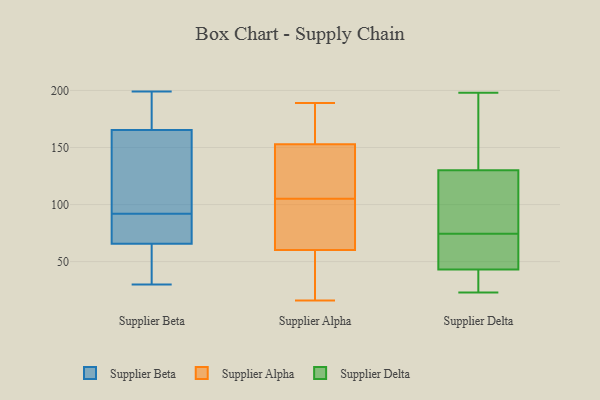
{"axis": {"x": "Website Visitors", "y": "Value"}, "legend": ["Supplier Alpha", "Supplier Beta", "Supplier Delta"], "data": [{"x": "", "y": 85, "type": "Supplier Beta"}, {"x": "", "y": 47, "type": "Supplier Beta"}, {"x": "", "y": 30, "type": "Supplier Beta"}, {"x": "", "y": 159, "type": "Supplier Beta"}, {"x": "", "y": 199, "type": "Supplier Beta"}, {"x": "", "y": 190, "type": "Supplier Beta"}, {"x": "", "y": 80, "type": "Supplier Beta"}, {"x": "", "y": 72, "type": "Supplier Beta"}, {"x": "", "y": 92, "type": "Supplier Beta"}, {"x": "", "y": 101, "type": "Supplier Beta"}, {"x": "", "y": 144, "type": "Supplier Beta"}, {"x": "", "y": 184, "type": "Supplier Beta"}, {"x": "", "y": 45, "type": "Supplier Beta"}, {"x": "", "y": 50, "type": "Supplier Alpha"}, {"x": "", "y": 94, "type": "Supplier Alpha"}, {"x": "", "y": 109, "type": "Supplier Alpha"}, {"x": "", "y": 26, "type": "Supplier Alpha"}, {"x": "", "y": 123, "type": "Supplier Alpha"}, {"x": "", "y": 101, "type": "Supplier Alpha"}, {"x": "", "y": 16, "type": "Supplier Alpha"}, {"x": "", "y": 60, "type": "Supplier Alpha"}, {"x": "", "y": 186, "type": "Supplier Alpha"}, {"x": "", "y": 105, "type": "Supplier Alpha"}, {"x": "", "y": 159, "type": "Supplier Alpha"}, {"x": "", "y": 165, "type": "Supplier Alpha"}, {"x": "", "y": 134, "type": "Supplier Alpha"}, {"x": "", "y": 61, "type": "Supplier Alpha"}, {"x": "", "y": 189, "type": "Supplier Alpha"}, {"x": "", "y": 63, "type": "Supplier Delta"}, {"x": "", "y": 23, "type": "Supplier Delta"}, {"x": "", "y": 60, "type": "Supplier Delta"}, {"x": "", "y": 47, "type": "Supplier Delta"}, {"x": "", "y": 86, "type": "Supplier Delta"}, {"x": "", "y": 198, "type": "Supplier Delta"}, {"x": "", "y": 139, "type": "Supplier Delta"}, {"x": "", "y": 121, "type": "Supplier Delta"}, {"x": "", "y": 89, "type": "Supplier Delta"}, {"x": "", "y": 151, "type": "Supplier Delta"}, {"x": "", "y": 27, "type": "Supplier Delta"}, {"x": "", "y": 39, "type": "Supplier Delta"}]}